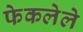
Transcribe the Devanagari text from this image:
फेकलेले